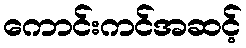
ကောင်းကင်အဆင့်